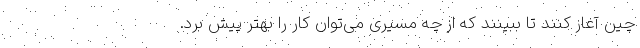
چین آغاز کنند تا ببینند که از چه مسیری می‌توان کار را بهتر پیش برد.